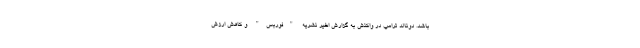
باشد. دونالد ترامپ در واکنش به گزارش اخیر نشریه "فوربس" و کاهش ارزش